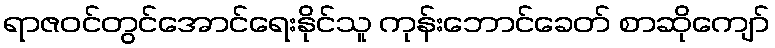
ရာဇဝင်တွင်အောင်ရေးနိုင်သူ ကုန်းဘောင်ခေတ် စာဆိုကျော်